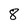
Character: 8